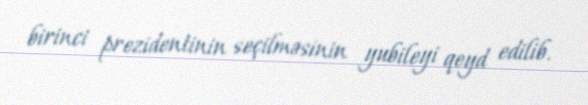
birinci prezidentinin seçilməsinin yubileyi qeyd edilib.